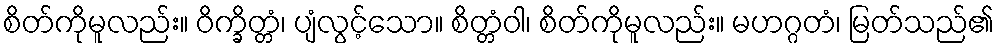
စိတ်ကိုမူလည်း။ ဝိက္ခိတ္တံ၊ ပျံလွင့်သော။ စိတ္တံဝါ၊ စိတ်ကိုမူလည်း။ မဟဂ္ဂတံ၊ မြတ်သည်၏